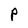
Character: P